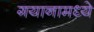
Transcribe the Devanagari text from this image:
गयानामध्ये